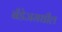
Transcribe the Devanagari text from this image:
बँडेजमधील